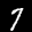
Label: 7